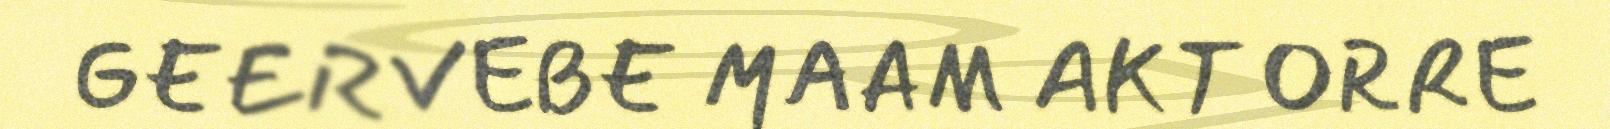
GEERVEBE MAAM AKT ORRE